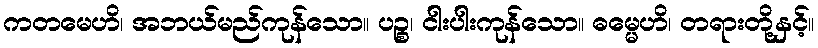
ကတမေဟိ၊ အဘယ်မည်ကုန်သော။ ပဉ္စ၊ ငါးပါးကုန်သော။ ဓမ္မေဟိ၊ တရားတို့နှင့်။